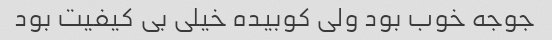
جوجه خوب بود ولی کوبیده خیلی بی کیفیت بود